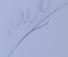
Signature authenticity: genuine